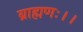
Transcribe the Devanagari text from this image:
ब्राह्मणः।।